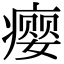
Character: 瘿